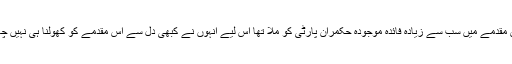
اس مقدمے میں سب سے زیادہ فائدہ موجودہ حکمران پارٹی کو ملا تھا اس لیے انہوں نے کبھی دل سے اس مقدمے کو کھولنا ہی نہیں چاہا۔